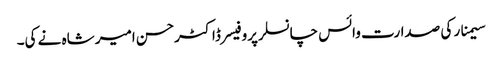
سیمنار کی صدارت وائس چانسلرپروفیسرڈاکٹرحسن امیر شاہ نے کی۔